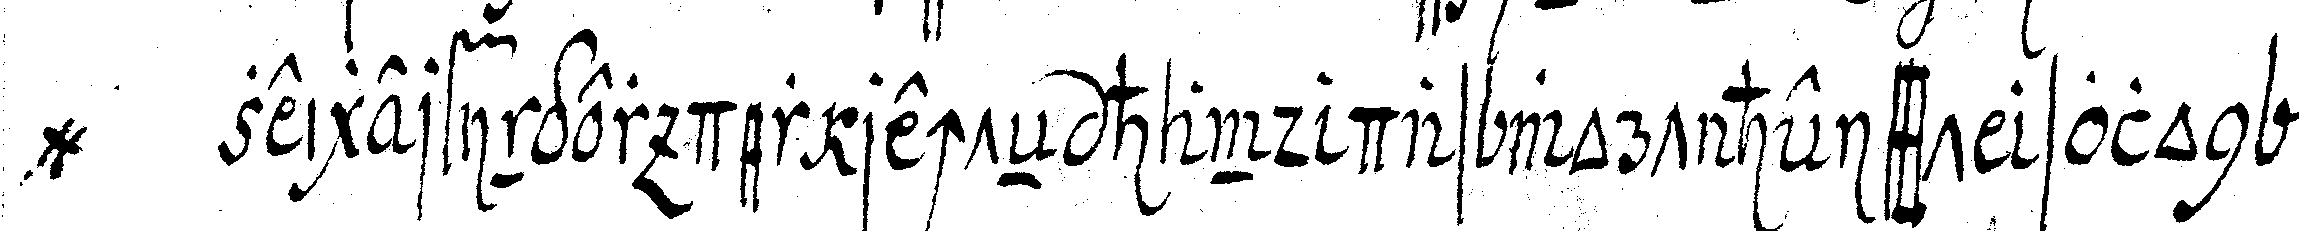
@ zeigerfinger der rechteN hand das wort heisst solon .